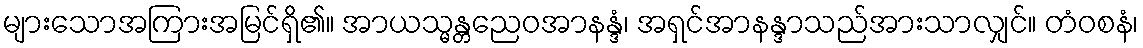
များသောအကြားအမြင်ရှိ၏။ အာယသ္မန္တညေဝအာနန္ဒံ၊ အရှင်အာနန္ဒာသည်အားသာလျှင်။ တံဝစနံ၊